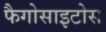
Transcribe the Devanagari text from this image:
फैगोसाइटोस